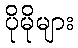
ပိုမိုများ